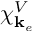
\chi _ { \mathbf { k } _ { e } } ^ { V }